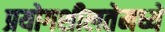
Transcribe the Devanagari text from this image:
प्रयोगशीलतेमध्ये